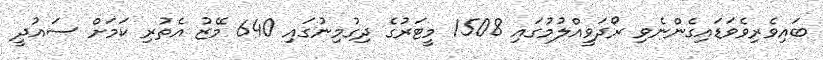
ބައިވެރިވެވަޑައިގެންނެވި ރޯދަވީއްލުމުގައި 1508 މީޓަރުގެ ދިގުމިނުގައި 640 މޭޒު އެތުރި ކަމަށް ސައުދީ